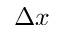
\Delta x